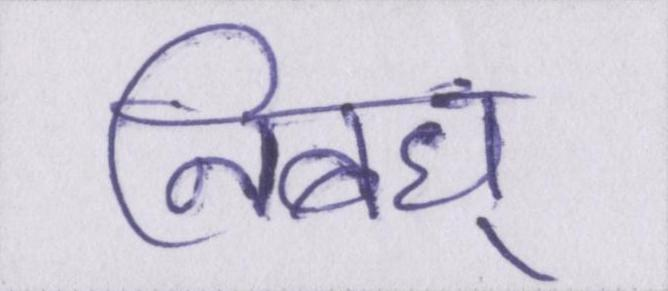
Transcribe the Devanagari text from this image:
निबंध्